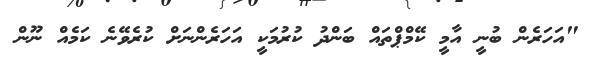
"އަހަރެން ބުނީ އާމީ ކޭމްޕްތައް ބަންދު ކުރުމަކީ އަހަރެންނަށް ކުރެވޭނެ ކަމެއް ނޫން